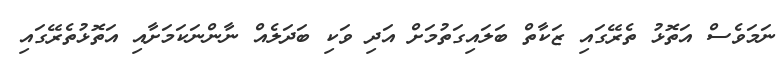
ނަމަވެސް އަތޮޅު ތެރޭގައި ޒަކާތް ބަލައިގަތުމަށް އަދި ވަކި ބަދަލެއް ނާންނަކަމަށާއި އަތޮޅުތެރޭގައި